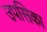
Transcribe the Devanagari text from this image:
उपसिका